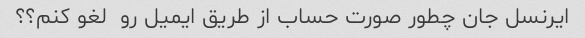
ایرنسل جان چطور صورت حساب از طریق ایمیل رو  لغو کنم؟؟